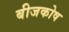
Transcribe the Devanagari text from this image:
बीजकोष